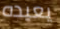
يعيده